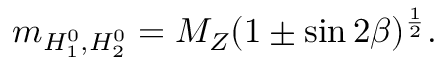
m _ { H _ { 1 } ^ { 0 } , H _ { 2 } ^ { 0 } } = M _ { Z } ( 1 \pm \sin 2 \beta ) ^ { \frac { 1 } { 2 } } .